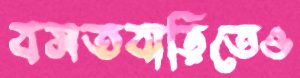
বসতবাড়িতেও